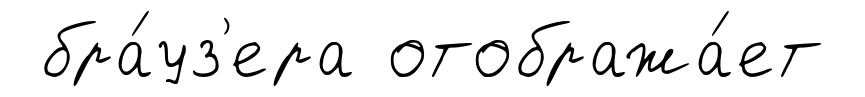
бра́уз'ера отобража́ет